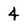
Character: 4